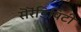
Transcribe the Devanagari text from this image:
सॆरॆंडिपिटी